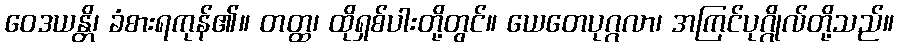
ဝေဒယန္တိ၊ ခံစားရကုန်၏။ တတ္ထ၊ ထိုရှစ်ပါးတို့တွင်။ ယေတေပုဂ္ဂလာ၊ အကြင်ပုဂ္ဂိုလ်တို့သည်။